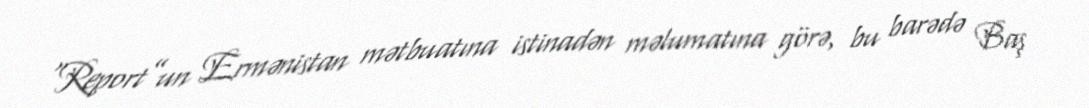
“Report”un Ermənistan mətbuatına istinadən məlumatına görə, bu barədə Baş